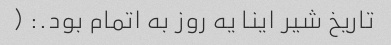
تاریخ شیر اینا یه روز به اتمام بود.: (